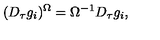
( D _ { \tau } g _ { i } ) ^ { \Omega } = \Omega ^ { - 1 } D _ { \tau } g _ { i } ,